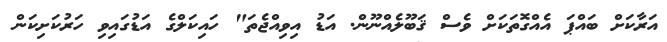
އަރާކަށް ބައްޕަ އެއްގޮތަކަށް ވެސް ޤަބޫލެއްނޫން. އަޑު އިވިއްޖެތަ" ހައިކަލްގެ އަޑުގައިވި ހަރުކަށިކަން